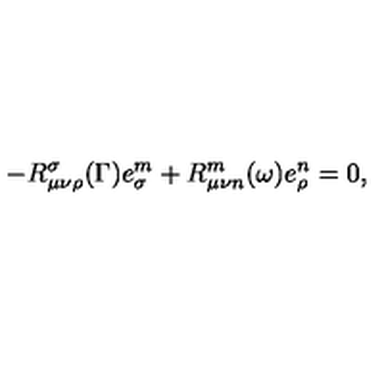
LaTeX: - R _ { \mu \nu \rho } ^ { \sigma } ( \Gamma ) e _ { \sigma } ^ { m } + R _ { \mu \nu n } ^ { m } ( \omega ) e _ { \rho } ^ { n } = 0 ,